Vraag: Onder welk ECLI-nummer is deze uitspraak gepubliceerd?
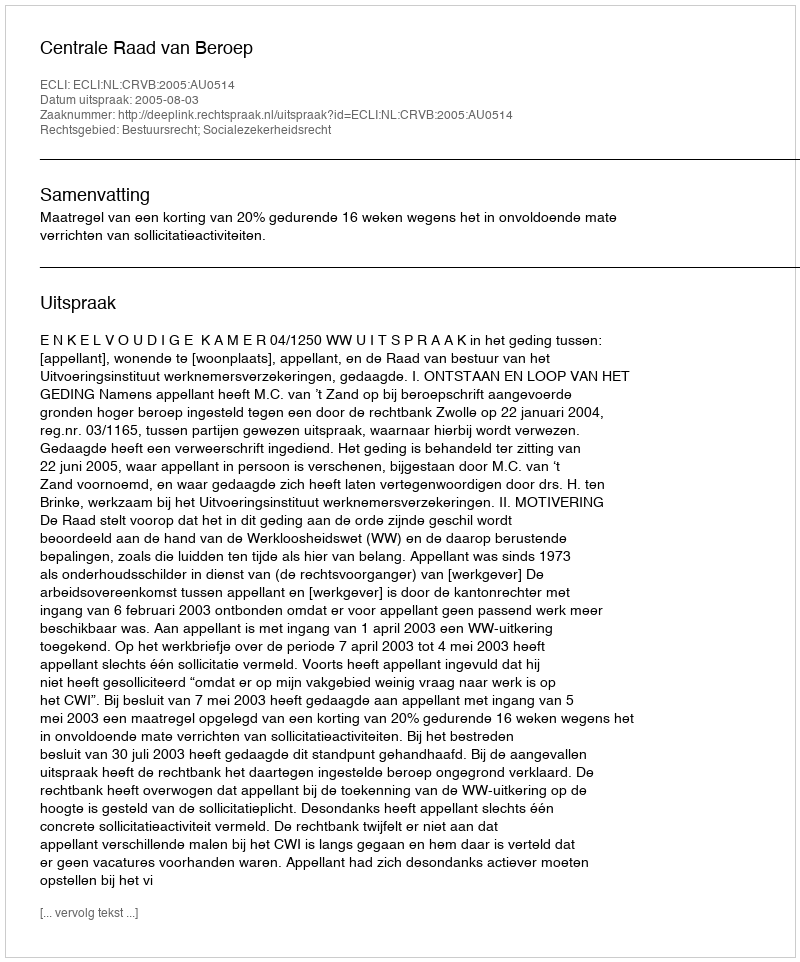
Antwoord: ECLI:NL:CRVB:2005:AU0514